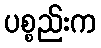
ပစ္စည်းက